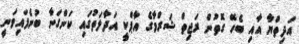
އަދިތްޔާ އާއި ބެހޭ ގޮތުން ރަޖިތް ޝަރްމާގެ އާޕްކީ އަދާލަތުގައި ކަންގަނާ ބުނެފައިވަނީ